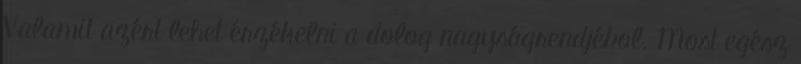
Valamit azért lehet érzékelni a dolog nagyságrendjébol. Most egész